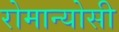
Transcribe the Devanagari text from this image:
रोमान्योसी